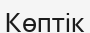
Көптік